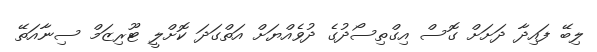
ލިބޭ ފައިދާ ދަށަށް ގޮސް އިގްތިސޯދުގެ ދުވެއްޔަށް އަތްގަދަ ކޮށްލީ ޓޫރިޒަމް ސިނާއަތޭ